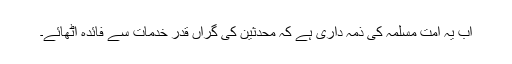
اب یہ امتِ مسلمہ کی ذمہ داری ہے کہ محدثین کی گراں قدر خدمات سے فائدہ اٹھائے۔